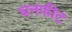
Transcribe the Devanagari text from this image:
घनफीट